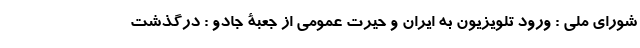
شورای ملی : ورود تلویزیون به ایران و حیرت عمومی از جعبۀ جادو : درگذشت